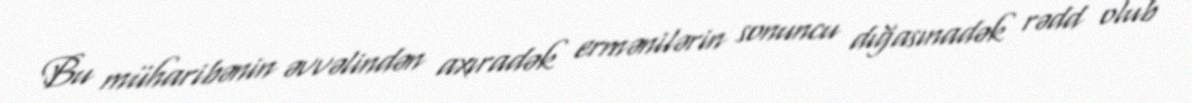
Bu müharibənin əvvəlindən axıradək ermənilərin sonuncu dığasınadək rədd olub